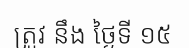
ត្រូវ នឹង ថ្ងៃទី ១៥